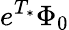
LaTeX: e^{T_{*}}\Phi_{0}